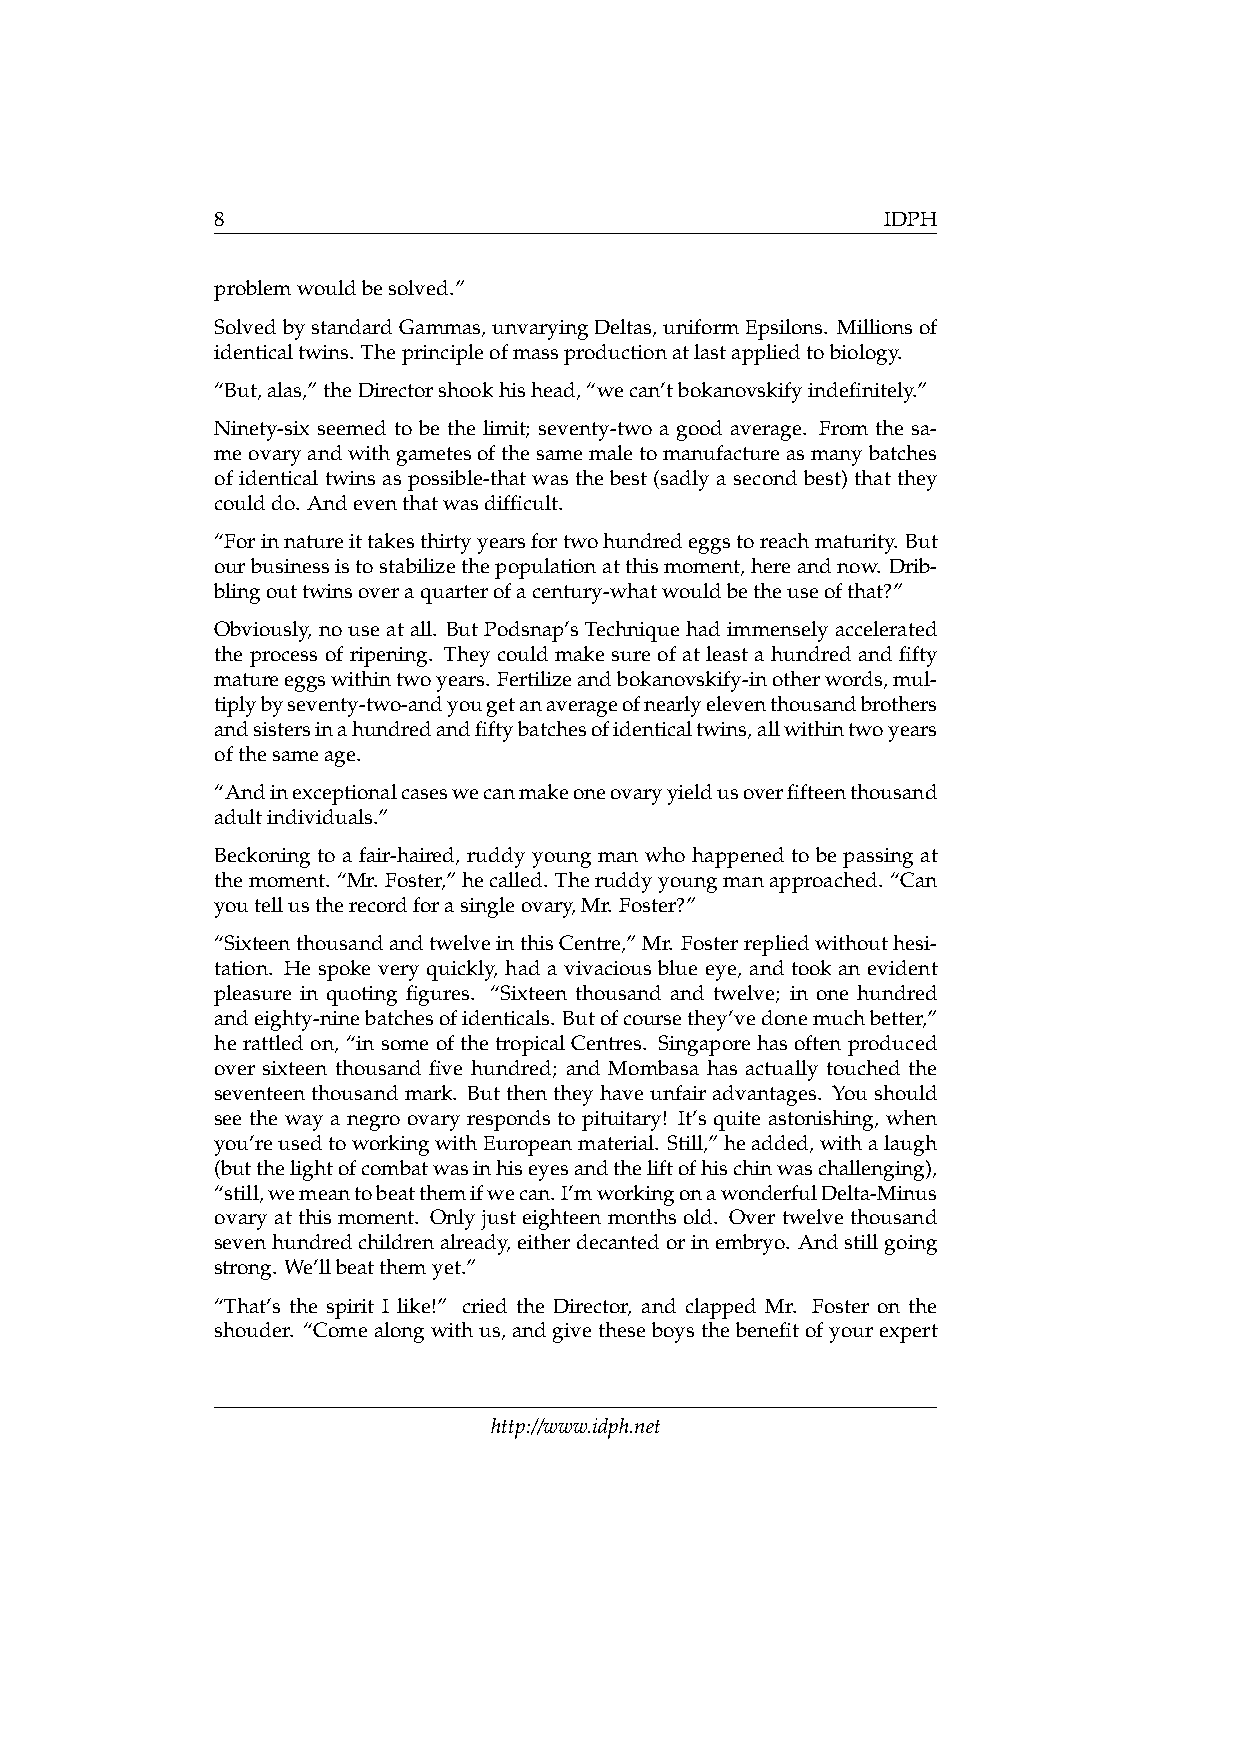
8                                            IDPH
 problemwouldbesolved.”
 SolvedbystandardGammas,unvaryingDeltas,uniformEpsilons. Millionsof
 identicaltwins. Theprincipleofmassproductionatlastappliedtobiology.
 “But,alas,”theDirectorshookhishead,“wecan’tbokanovskifyindefinitely.”
 Ninety-six seemed to be the limit; seventy-two a good average. From the sa-
 meovaryandwithgametesofthesamemaletomanufactureasmanybatches
 of identical twins as possible-that was the best (sadly a second best) that they
 coulddo. Andeventhatwasdifficult.
 “Forinnatureittakesthirtyyearsfortwohundredeggstoreachmaturity. But
 ourbusinessistostabilizethepopulationatthismoment,hereandnow. Drib-
 blingouttwinsoveraquarterofacentury-whatwouldbetheuseofthat?”
 Obviously, nouseatall. ButPodsnap’sTechniquehadimmenselyaccelerated
 the process of ripening. They could make sure of at least a hundred and fifty
 matureeggswithintwoyears. Fertilizeandbokanovskify-inotherwords,mul-
 tiplybyseventy-two-andyougetanaverageofnearlyeleventhousandbrothers
 andsistersinahundredandfiftybatchesofidenticaltwins,allwithintwoyears
 ofthesameage.
 “Andinexceptionalcaseswecanmakeoneovaryyieldusoverfifteenthousand
 adultindividuals.”
 Beckoning to a fair-haired, ruddy young man who happened to be passing at
 themoment. “Mr. Foster,”hecalled. Theruddyyoungmanapproached. “Can
 youtellustherecordforasingleovary,Mr. Foster?”
 “SixteenthousandandtwelveinthisCentre,”Mr. Fosterrepliedwithouthesi-
 tation. He spoke very quickly, had a vivacious blue eye, and took an evident
 pleasure in quoting figures. “Sixteen thousand and twelve; in one hundred
 andeighty-ninebatchesofidenticals. Butofcoursethey’vedonemuchbetter,”
 he rattled on, “in some of the tropical Centres. Singapore has often produced
 over sixteen thousand five hundred; and Mombasa has actually touched the
 seventeenthousandmark. Butthentheyhaveunfairadvantages. Youshould
 see the way a negro ovary responds to pituitary! It’s quite astonishing, when
 you’reusedtoworkingwithEuropeanmaterial. Still,”headded,withalaugh
 (butthelightofcombatwasinhiseyesandtheliftofhischinwaschallenging),
 “still,wemeantobeatthemifwecan.I’mworkingonawonderfulDelta-Minus
 ovary at this moment. Only just eighteen months old. Over twelve thousand
 sevenhundredchildrenalready,eitherdecantedorinembryo. Andstillgoing
 strong. We’llbeatthemyet.”
 “That’s the spirit I like!” cried the Director, and clapped Mr. Foster on the
 shouder. “Comealongwithus,andgivetheseboysthebenefitofyourexpert
 http://www.idph.net